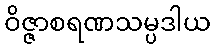
ဝိဇ္ဇာစရဏသမ္ပဒါယ